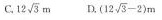
C.12 \sqrt{3}m D. $$( 1 2 \sqrt { 3 } - 2 ) m$$